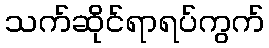
သက်ဆိုင်ရာရပ်ကွက်